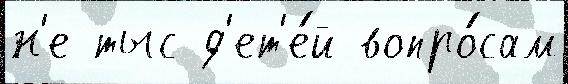
н'е тыс д'ет'е́й вопро́сам